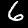
Label: 6